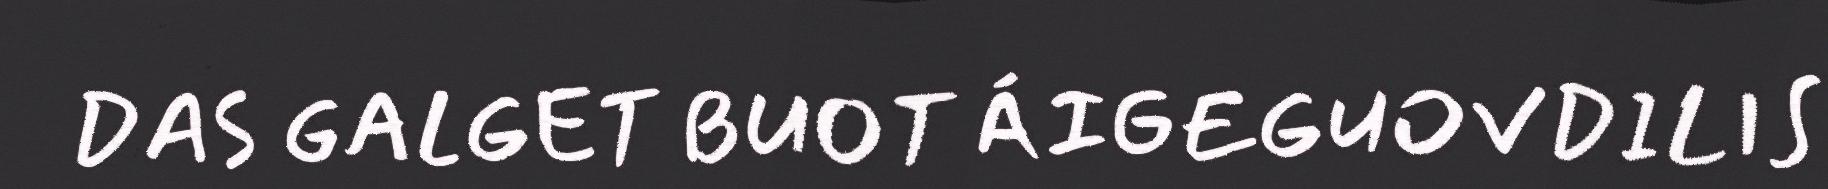
DAS GALGET BUOT ÁIGEGUOVDILIS